Medical and sanitary report of the native army of Madras for the year
Year: 1878
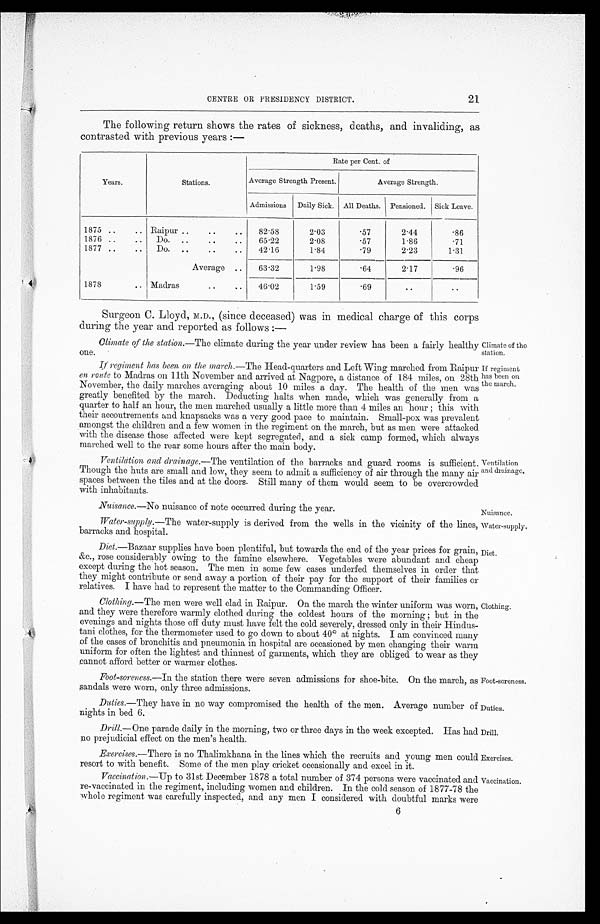
Nuisance.
Water-supply.
Diet.
Foot-soreness.
Duties.
Exercises.
Vaccination.
CENTRE OR PRESIDENCY DISTRICT.
21
The following return shows the rates of sickness, deaths, and invaliding, as
contrasted with previous years :―
Years.
Stations.
Rate per Cent. of
Average Strength Present.
Average Strength.
Admissions Daily Sick. All Deaths. Pensioned. Sick Leave.
1875 ..
.. Raipur ..
..
..
82.58
2.03
.57
2.44
.86
1876 ..
..
Do. ..
..
..
65.22
2.08
.57
1.86
.71
1877 ..
..
Do. ..
..
..
42.16
1.84
.79
2.23
1.31
Average ..
63.32
1.98
.64
2.17
.96
1878
.. Madras
..
..
46.02
1.59
.69
. .
. .
Surgeon C. Lloyd, M.D., (since deceased) was in medical charge of this corps
during the year and reported as follows :—
Climate of the station. —The climate during the year under review has been a fairly healthy one. Climate of the
station.
If regiment has been on the march.―The
Head-quarters and Left Wing marched from Raipur
en route to Madras on 11th November and arrived at Nagpore, a distance of 184 miles, on 28th
November, the daily marches averaging about 10 miles a day. The health of the men was
greatly benefited by the march. Deducting halts when made, which was generally from a
quarter to half an hour, the men marched usually a little more than 4 miles an hour ; this with
their accoutrements and knapsacks was a very good pace to maintain. Small-pox was prevalent
amongst the children and a few women in the regiment on the march, but as men were attacked
with the disease those affected were kept segregated, and a sick camp formed, which always
marched well to the rear some hours after the main body.
If regiment
has been On
the march.
Ventilation
and drainage.
Ventilation, and drainage. —The ventilation of the barracks and guard rooms is sufficient.
Though the huts are small and low, they seem to admit a sufficiency of air through the many air
spaces between the tiles and at the doors. Still many of them would seem to be overcrowded
with inhabitants.
Nuisance.—No nuisance of note occurred during the year.
water-supply. —The water-supply is derived from the wells in the vicinity of the lines
barracks and hospital.
Diet.—Bazaar supplies have been plentiful, but towards the end of the year prices for grain,
&c., rose considerably owing to the famine elsewhere. Vegetables were abundant and cheap
except during the hot season. The men in some few cases underfed themselves in order that
they might contribute or send away a portion of their pay for the support of their families or relatives. I have had to represent the matter to the Commanding Officer.
Clothing. —The men were well clad in Raipur. On the march the winter uniform was worn,
and they were therefore warmly clothed during the coldest hours of the morning ; but in the
evenings and nights those off duty must have felt the cold severely, dressed only in their Hindus-
tani clothes, for the thermometer used to go clown to about 40° at nights. I am convinced many
of the cases of bronchitis and pneumonia in hospital are occasioned by men changing their warm
uniform for often the lightest and thinnest of garments, which they are obliged to wear as they
cannot afford better or warmer clothes.
Foot-soreness. —In the station there were seven admissions for shoe-bite. On the march, as
sandals were worn, only three admissions.
Duties. —They have in no way compromised the health of the men. Average number of
nights in bed 6.
Drill.— One parade daily in the morning, two or three days in the week excepted. Has had
no prejudicial effect on the men's health.
Clothing.
Drill.
Exercises. —There is no Thalimkhana in the lines which the recruits and young men could
resort to with benefit. Some of the men play cricket occasionally and excel in it.
Vaccination. —Up to 31st December 1878 a total number of 374 persons were vaccinated and
re-vaccinated in the regiment, including women and children. In the cold season of 1877-78 the
whole regiment was carefully inspected, and any men I considered with doubtful marks were
6